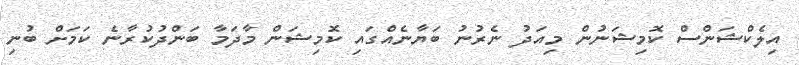
އިލެކްޝަންސް ކޮމިޝަނުން މިއަދު ނެރުނު ބަޔާނެއްގައި ކޮމިޝަން މާދަމާ ބަންދުކުރާނެ ކަމަށް ބުނި